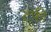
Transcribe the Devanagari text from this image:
टफी़